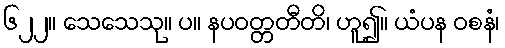
၆၂၂။ သေသေသု။ ပ။ နပဝတ္တတီတိ၊ ဟူ၍။ ယံပန ဝစနံ၊